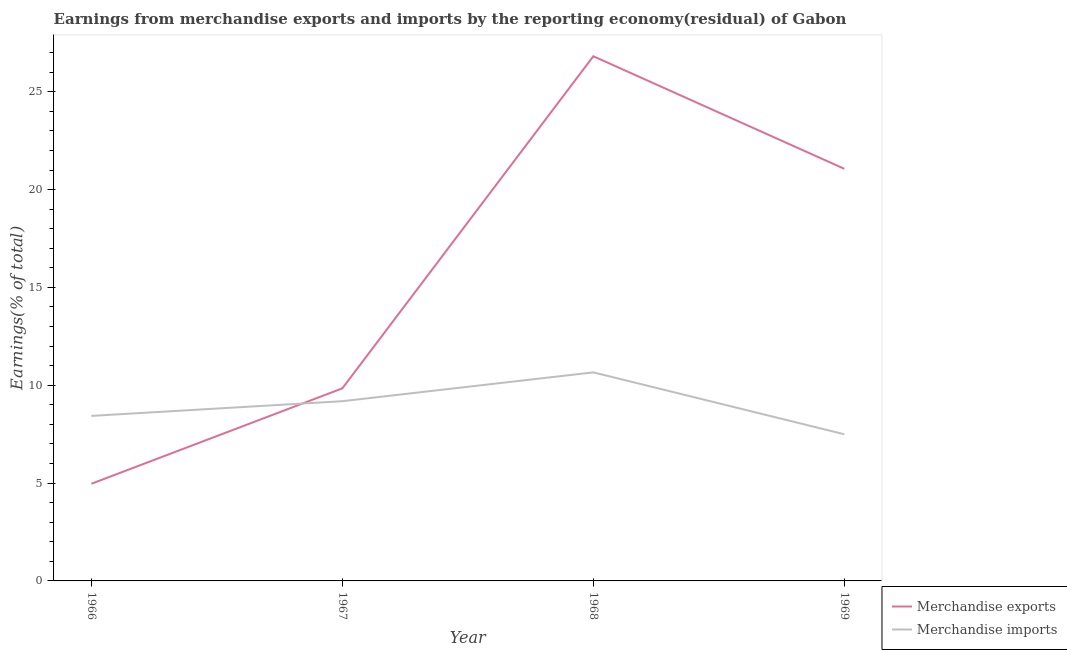
| Year | Merchandise exports | Merchandise imports |
 | --- | --- | --- |
 | 1966 | 4.97 | 8.43 |
 | 1967 | 9.84 | 9.19 |
 | 1968 | 26.8 | 10.7 |
 | 1969 | 21.1 | 7.49 |